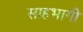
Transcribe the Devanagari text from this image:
साहभागी